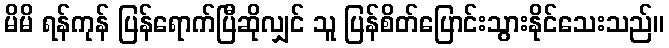
မိမိ ရန်ကုန် ပြန်ရောက်ပြီဆိုလျှင် သူ ပြန်စိတ်ပြောင်းသွားနိုင်သေးသည်။